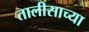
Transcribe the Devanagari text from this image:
तालीसाच्या